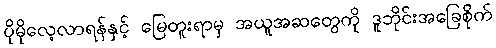
ပိုမိုလေ့လာရန်နှင့် မြေတူးရာမှ အယူအဆတွေကို ဒူဘိုင်းအခြေစိုက်